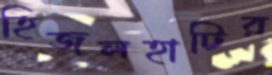
হিজলহাটির